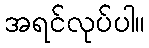
အရင်လုပ်ပါ။